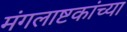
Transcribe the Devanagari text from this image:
मंगलाष्टकांच्या